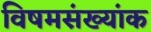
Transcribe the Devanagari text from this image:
विषमसंख्यांक